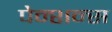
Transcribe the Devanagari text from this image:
पेन्शन्स